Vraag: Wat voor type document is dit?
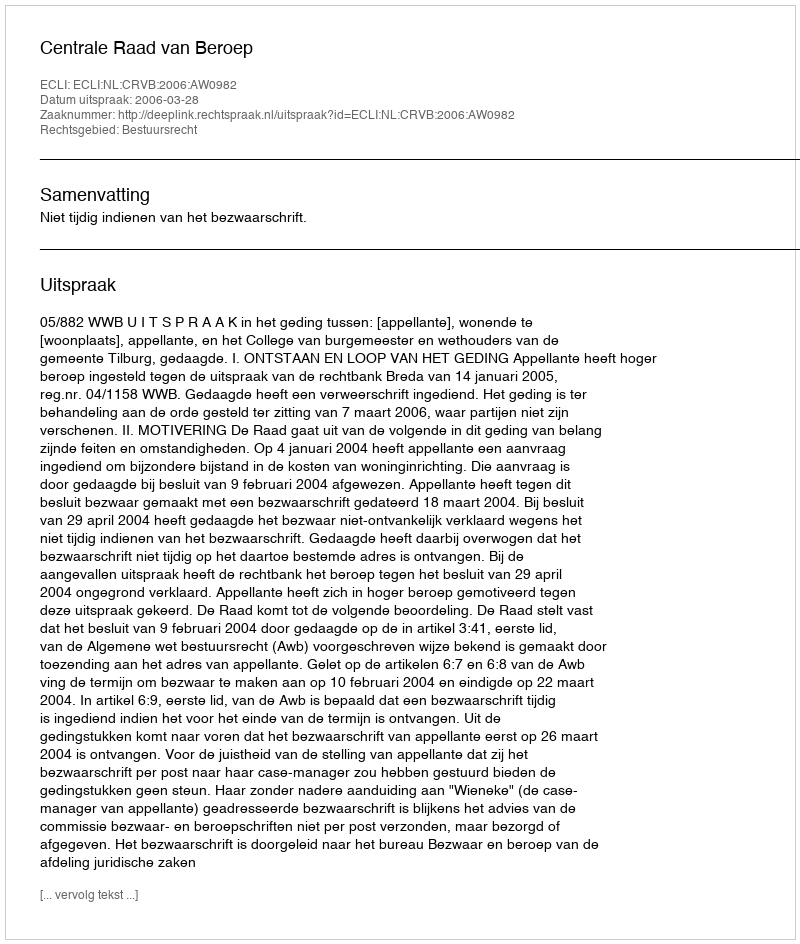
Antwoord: Uitspraak